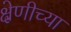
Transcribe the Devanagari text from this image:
क्ष्रेणीच्या